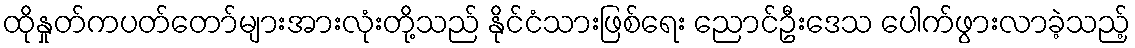
ထိုနှုတ်ကပတ်တော်များအားလုံးတို့သည် နိုင်ငံသားဖြစ်ရေး ညောင်ဦးဒေသ ပေါက်ဖွားလာခဲ့သည့်